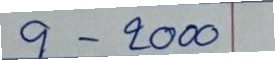
9 - 2000